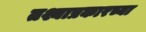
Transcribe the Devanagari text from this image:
तश्याप्रकारच्या